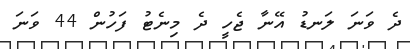
ދެ ވަނަ ލަނޑު އޭނާ ޖެހީ ދެ މިނެޓު ފަހުން 44 ވަނަ